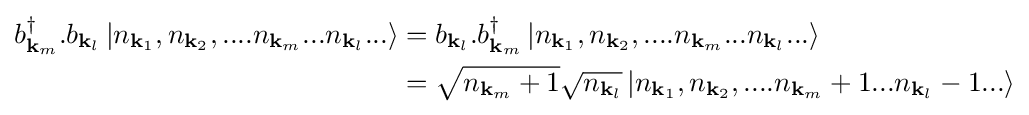
{\begin{aligned}b_{\mathbf {k} _{m}}^{\dagger }.b_{\mathbf {k} _{l}}\left|n_{\mathbf {k} _{1}},n_{\mathbf {k} _{2}},....n_{\mathbf {k} _{m}}...n_{\mathbf {k} _{l}}...\right\rangle &=b_{\mathbf {k} _{l}}.b_{\mathbf {k} _{m}}^{\dagger }\left|n_{\mathbf {k} _{1}},n_{\mathbf {k} _{2}},....n_{\mathbf {k} _{m}}...n_{\mathbf {k} _{l}}...\right\rangle \\&={\sqrt {n_{\mathbf {k} _{m}}+1}}{\sqrt {n_{\mathbf {k} _{l}}}}\left|n_{\mathbf {k} _{1}},n_{\mathbf {k} _{2}},....n_{\mathbf {k} _{m}}+1...n_{\mathbf {k} _{l}}-1...\right\rangle \end{aligned}}